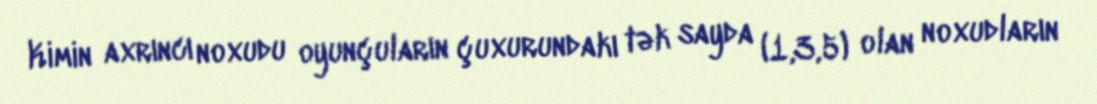
Kimin axrıncı noxudu oyunçuların çuxurundakı tək sayda (1,3,5) olan noxudların